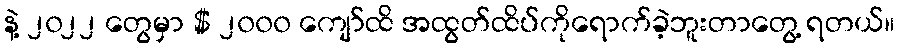
နဲ့ ၂၀၂၂ တွေမှာ $ ၂၀၀၀ ကျော်ထိ အထွတ်ထိပ်ကိုရောက်ခဲ့ဘူးတာတွေ့ ရတယ်။